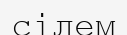
сілем